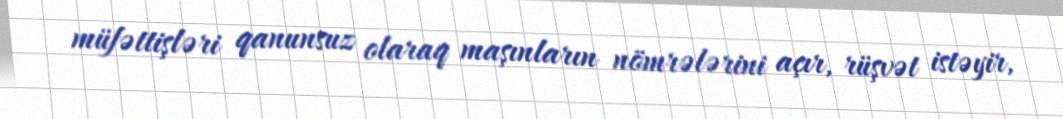
müfəttişləri qanunsuz olaraq maşınların nömrələrini açır, rüşvət istəyir,